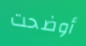
أوضحت